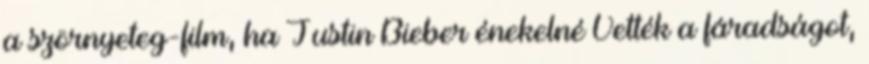
a szörnyeteg-film, ha Justin Bieber énekelné Vették a fáradságot,